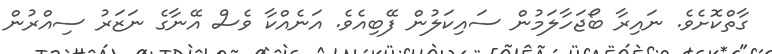
ގާތްކޮށެވެ. ނައިރާ ބޯޖަހާލަމުން ސައިކަލުން ފޭބިއެވެ. އަނެއްކާ ވެސް އޭނާގެ ނަޒަރު ސިއްރުން